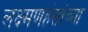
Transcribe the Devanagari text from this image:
लक्ष्मणहंसांच्या